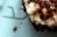
يوجد